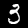
Digit: 3